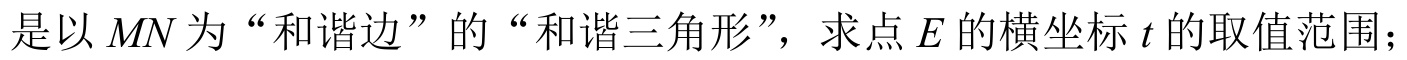
是以$MN$为“和谐边”的“和谐三角形”，求点$E$的横坐标$t$的取值范围；